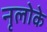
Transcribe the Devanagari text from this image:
नृलोके